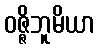
ဝဇ္ဇိဘူမိယာ